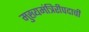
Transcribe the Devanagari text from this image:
मुख्यमंत्रिरीपदाची